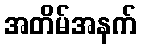
အတိမ်အနက်